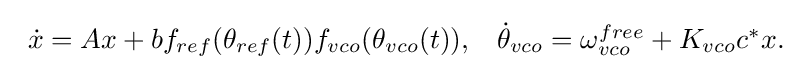
{\begin{array}{ll}{\dot {x}}=Ax+bf_{ref}(\theta _{ref}(t))f_{vco}(\theta _{vco}(t)),&{\dot {\theta }}_{vco}=\omega _{vco}^{free}+K_{vco}c^{*}x.\end{array}}